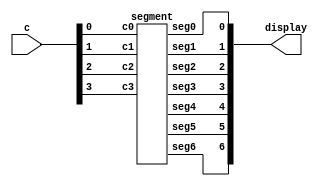
module hex_decoder (c, display);
input [3:0] c;
output [6:0] display;

segment U0 (
.c3(c[3]),
.c2(c[2]),
.c1(c[1]),
.c0(c[0]),
.seg6(display[6]),
.seg5(display[5]),
.seg4(display[4]),
.seg3(display[3]),
.seg2(display[2]),
.seg1(display[1]),
.seg0(display[0])
);

endmodule

module segment (c3,c2,c1,c0,seg0,seg1,seg2,seg3,seg4,seg5,seg6);
input c3;
input c2;
input c1;
input c0;
output seg0;
output seg1;
output seg2;
output seg3;
output seg4;
output seg5;
output seg6;

assign seg0 = ((!c3&!c2&!c1&c0)|(!c3&c2&!c1&!c0)|(c3&!c2&c1&c0)|(c3&c2&!c1&c0));
assign seg1 = ((!c3&c2&!c1&c0)|(!c3&c2&c1&!c0)|(c3&!c2&c1&c0)|(c3&c2&!c1&!c0)|(c3&c2&c1&!c0)|(c3&c2&c1&c0));
assign seg2 = ((!c3&!c2&c1&!c0)|(c3&c2&!c1&!c0)|(c3&c2&c1&!c0)|(c3&c2&c1&c0));
assign seg3 = ((!c3&!c2&!c1&c0)|(!c3&c2&!c1&!c0)|(!c3&c2&c1&c0)|(c3&!c2&c1&!c0)|(c3&c2&c1&c0));
assign seg4 = ((!c3&!c2&!c1&c0)|(!c3&!c2&c1&c0)|(!c3&c2&!c1&!c0)|(!c3&c2&!c1&c0)|(!c3&c2&c1&c0)|(c3&!c2&!c1&c0));
assign seg5 = ((!c3&!c2&!c1&c0)|(!c3&!c2&c1&!c0)|(!c3&!c2&c1&c0)|(!c3&c2&c1&c0)|(c3&c2&!c1&c0));
assign seg6 = ((!c3&!c2&!c1&!c0)|(!c3&!c2&!c1&c0)|(!c3&c2&c1&c0)|(c3&c2&!c1&!c0));


endmodule